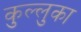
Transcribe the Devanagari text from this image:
कुल्लुका